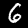
Digit: 6